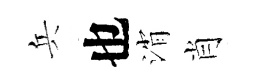
兵也消肖